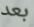
بعد